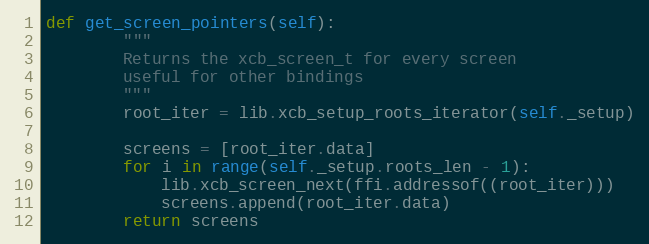
Language: Python
def get_screen_pointers(self):
        """
        Returns the xcb_screen_t for every screen
        useful for other bindings
        """
        root_iter = lib.xcb_setup_roots_iterator(self._setup)

        screens = [root_iter.data]
        for i in range(self._setup.roots_len - 1):
            lib.xcb_screen_next(ffi.addressof((root_iter)))
            screens.append(root_iter.data)
        return screens